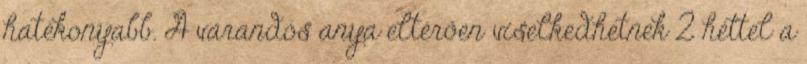
hatékonyabb. A várandós anya eltérően viselkedhetnek 2 héttel a